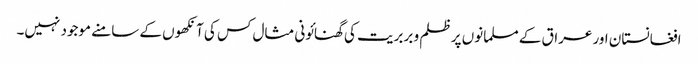
افغانستان اور عراق کے مسلمانوں پر ظلم و بربریت کی گھنائونی مثال کس کی آنکھوں کے سامنے موجود نہیں۔